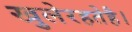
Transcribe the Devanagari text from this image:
खुलेरहतेहै।